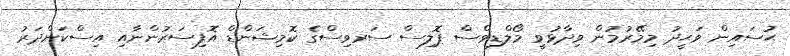
ޙުސައިން ވަޙީދު މިމޭރުމުން ވިދާޅުވީ މޯލްޑިވްސް ޕޮލިސް ސަރވިސްގެ ކޮމިޝަންޑް އޮފިސަރުންނާއި އިސްކަންދަރު